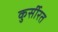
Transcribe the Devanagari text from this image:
कुर्सीरत